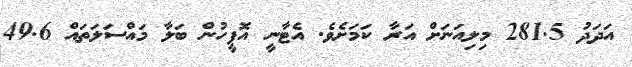
އަދަދު 281.5 މިލިއަނަށް އަރާ ކަމަށެވެ. އެޓާނީ އޮފީހުން ބަލާ މައްސަލަތައް 49.6